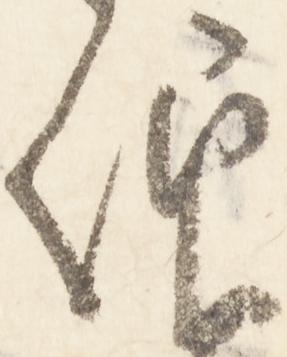
仰